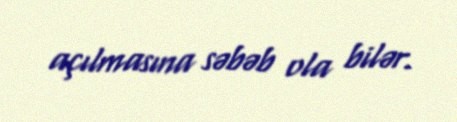
açılmasına səbəb ola bilər.